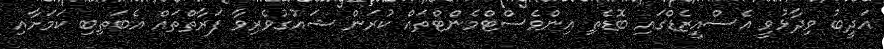
އަދީބު ވިދާޅުވީ އެސްއީޒެޑްގައި ބޮޑެތި އިންވެސްޓްމެންޓްތައް ކުރަން ޝައުގުވެރިވާ ފަރާތްތައް އެބަތިބި ކަމަށާއި